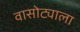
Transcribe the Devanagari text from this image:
वासोट्याला